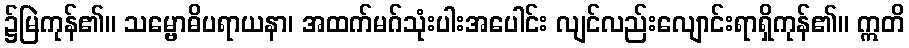
၌မြဲကုန်၏။ သမ္ဗောဓိပရာယနာ၊ အထက်မဂ်သုံးပါးအပေါင်း လျင်လည်းလျောင်းရာရှိကုန်၏။ ဣတိ